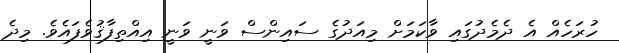
ހުރަހެއް އެ ދެމެދުގައި ވާކަމަށް މިއަދުގެ ސައިންސް ވަނީ ވަނީ އިއްތިފާޤުވެފައެވެ. މިދެ